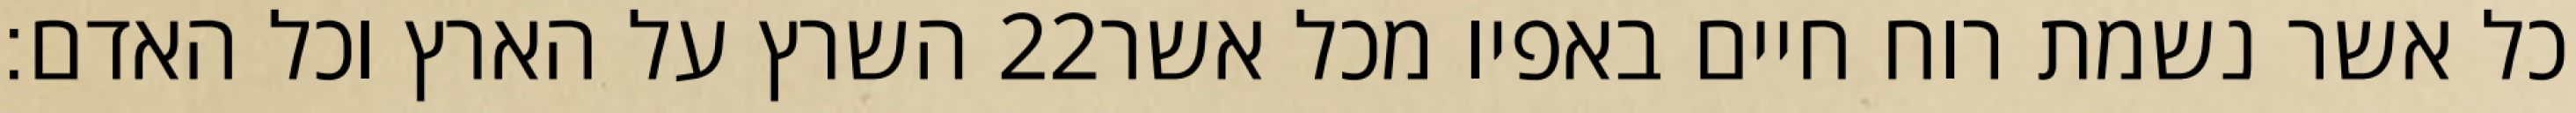
השרץ על הארץ וכל האדם׃ ‎22‏ כל אשר נשמת רוח חיים באפיו מכל אשר